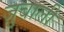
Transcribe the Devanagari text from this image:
ज़ुबाली